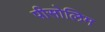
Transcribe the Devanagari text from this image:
पीसोलिम